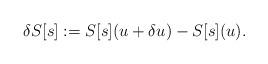
LaTeX: \begin{align*}\delta S[s]&:=S[s](u+\delta u) - S[s](u).\end{align*}